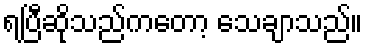
ရပြီဆိုသည်ကတော့ သေချာသည်။